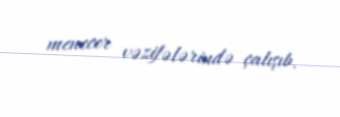
menecer vəzifələrində çalışıb.